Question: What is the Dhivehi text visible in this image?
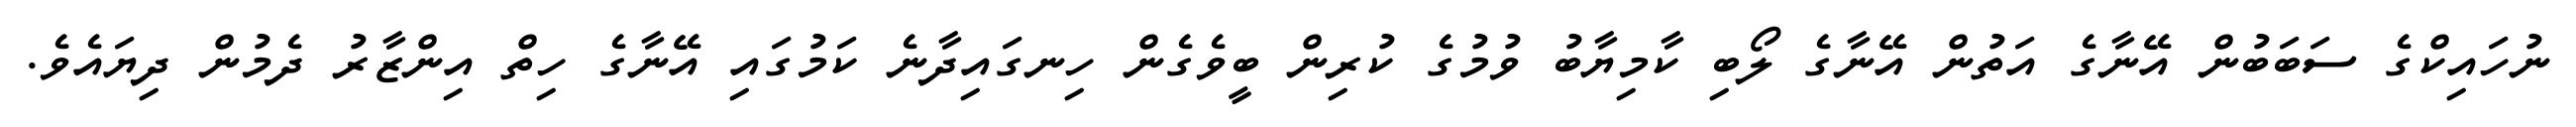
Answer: ނުހައިކްގެ ސަބަބުން އޭނާގެ އަތުން އޭނާގެ ލޯބި ކާމިޔާބު ވުމުގެ ކުރިން ބީވެގެން ހިނގައިދާނެ ކަމުގައި އޭނާގެ ހިތް އިންޒާރު ދެމުން ދިޔައެވެ.